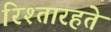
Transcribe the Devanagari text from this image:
रिश्तारहते